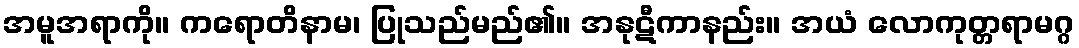
အမူအရာကို။ ကရောတိနာမ၊ ပြုသည်မည်၏။ အနုဋီကာနည်း။ အယံ လောကုတ္တရာမဂ္ဂ